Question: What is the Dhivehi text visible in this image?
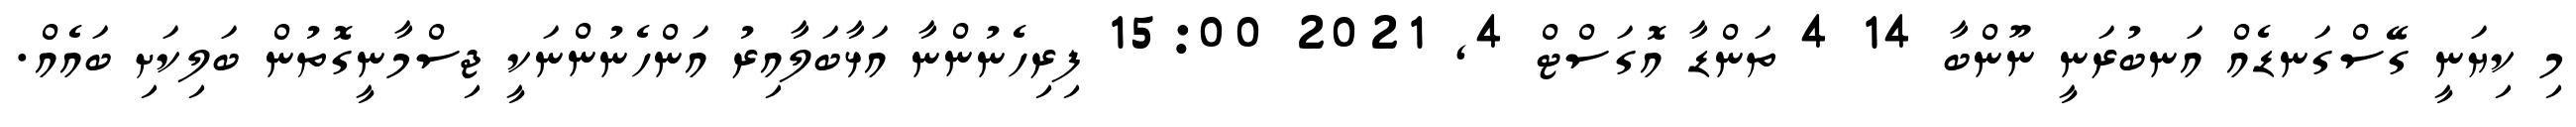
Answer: މި ކިޔަނީ ގޭސްގަނޑެއް އަނބުރަނީ ނޫންބާ 14 4 ތަންޑާ އޮގަސްޓް 4, 2021 15:00 ފިރިހެނުންނާ އަޅާބަލާއިރު އަންހެނުންނަކީ ޖިސްމާނީގޮތުން ބަލިކަށި ބައެއް.